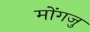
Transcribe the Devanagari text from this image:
मोंगजु